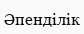
Әпенділік